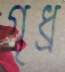
গৃধ্র